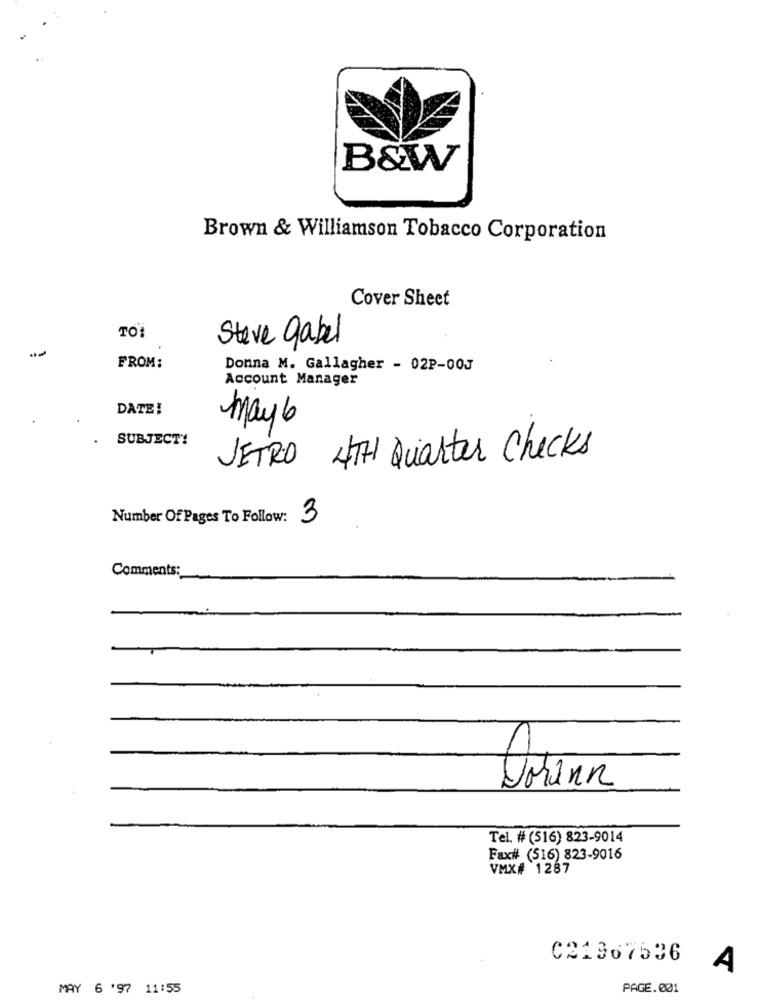
B&W
Brown & Williamson Tobacco Corporation
Cover Sheet
TO :
Steve gabel
FROM:
Donna M. Gallagher - 02P-00J
Account Manager
DATE!
May 6
. SUBJECT!
JETRO 4TH Quarter Checks
Number Of Pages To Follow: 3
Comments:
Tel. # (516) 823-9014
Fax# (516) 823-9016
VMX# 1287
C21367536
A
MAY 6 '97 11:55
PAGE.001